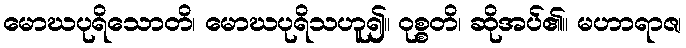
မောဃပုရိသောတိ၊ မောဃပုရိသဟူ၍။ ဝုစ္စတိ၊ ဆိုအပ်၏။ မဟာရာဇ၊